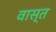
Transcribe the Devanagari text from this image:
वास्त